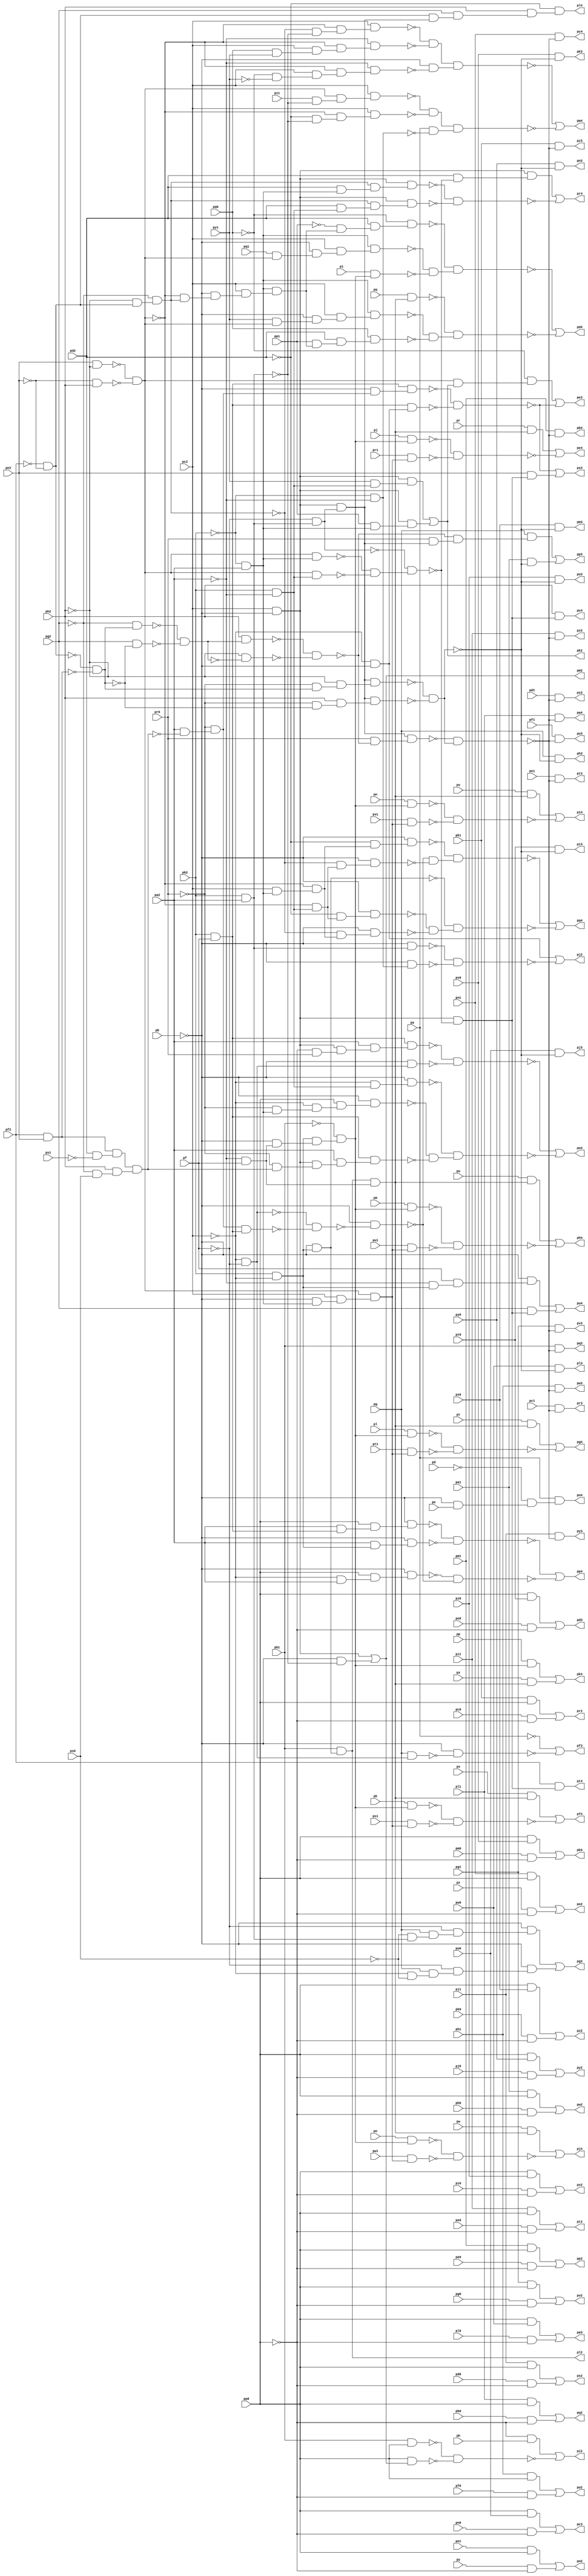
module top ( 
    pa1, pb2, pp, pa0, pc2, pq, pb0, pc1, pr, pa2, pb1, pc0, ps, pd0, pe1,
    pf2, pt, pd1, pe0, pg2, pu, pd2, pf0, pg1, pv, pe2, pf1, pg0, pw, ph0,
    pi1, px, ph1, pi0, py, ph2, pj0, pk1, pz, pj1, pk0, pl0, pm1, pl1, pm0,
    pn0, po1, pn1, po0, pp0, pq1, pa, pp1, pq0, pb, pr0, ps1, pr1, ps0, pd,
    pt0, pu1, pe, pt1, pu0, pf, pv0, pw1, pg, pv1, pw0, ph, px0, py1, pi,
    px1, py0, pj, pz0, pk, pz1, pl, pm, pn, po,
    pc3, pd4, pb3, pe4, pa3, pf4, pg4, pg3, pa4, pf3, pb4, pe3, pc4, pd3,
    pj2, pk3, pl4, pj3, pk2, pm4, pi3, pn4, ph3, pi2, po4, ph4, pn2, po3,
    pi4, pn3, po2, pj4, pl2, pm3, pk4, pl3, pm2, pr2, ps3, pt4, pr3, ps2,
    pu4, pp2, pq3, pv4, pp3, pq2, pp4, pv2, pw3, pq4, pv3, pw2, pr4, pt2,
    pu3, ps4, pt3, pu2, pz2, pz3, px2, py3, px3, py2  );
  input  pa1, pb2, pp, pa0, pc2, pq, pb0, pc1, pr, pa2, pb1, pc0, ps,
    pd0, pe1, pf2, pt, pd1, pe0, pg2, pu, pd2, pf0, pg1, pv, pe2, pf1, pg0,
    pw, ph0, pi1, px, ph1, pi0, py, ph2, pj0, pk1, pz, pj1, pk0, pl0, pm1,
    pl1, pm0, pn0, po1, pn1, po0, pp0, pq1, pa, pp1, pq0, pb, pr0, ps1,
    pr1, ps0, pd, pt0, pu1, pe, pt1, pu0, pf, pv0, pw1, pg, pv1, pw0, ph,
    px0, py1, pi, px1, py0, pj, pz0, pk, pz1, pl, pm, pn, po;
  output pc3, pd4, pb3, pe4, pa3, pf4, pg4, pg3, pa4, pf3, pb4, pe3, pc4, pd3,
    pj2, pk3, pl4, pj3, pk2, pm4, pi3, pn4, ph3, pi2, po4, ph4, pn2, po3,
    pi4, pn3, po2, pj4, pl2, pm3, pk4, pl3, pm2, pr2, ps3, pt4, pr3, ps2,
    pu4, pp2, pq3, pv4, pp3, pq2, pp4, pv2, pw3, pq4, pv3, pw2, pr4, pt2,
    pu3, ps4, pt3, pu2, pz2, pz3, px2, py3, px3, py2;
  wire new_n152_, new_n153_, new_n155_, new_n156_, new_n157_, new_n158_,
    new_n159_, new_n160_, new_n161_, new_n162_, new_n163_, new_n164_,
    new_n165_, new_n166_, new_n167_, new_n168_, new_n169_, new_n170_,
    new_n171_, new_n172_, new_n173_, new_n174_, new_n176_, new_n177_,
    new_n178_, new_n179_, new_n180_, new_n181_, new_n182_, new_n183_,
    new_n184_, new_n185_, new_n186_, new_n187_, new_n188_, new_n189_,
    new_n190_, new_n191_, new_n192_, new_n193_, new_n195_, new_n196_,
    new_n198_, new_n199_, new_n200_, new_n201_, new_n202_, new_n203_,
    new_n204_, new_n206_, new_n207_, new_n209_, new_n210_, new_n211_,
    new_n212_, new_n214_, new_n215_, new_n216_, new_n217_, new_n219_,
    new_n220_, new_n221_, new_n222_, new_n223_, new_n224_, new_n225_,
    new_n226_, new_n227_, new_n229_, new_n230_, new_n231_, new_n232_,
    new_n233_, new_n234_, new_n235_, new_n236_, new_n237_, new_n238_,
    new_n239_, new_n240_, new_n241_, new_n242_, new_n243_, new_n244_,
    new_n245_, new_n246_, new_n247_, new_n248_, new_n249_, new_n251_,
    new_n252_, new_n253_, new_n256_, new_n257_, new_n258_, new_n259_,
    new_n260_, new_n262_, new_n263_, new_n264_, new_n265_, new_n266_,
    new_n267_, new_n268_, new_n269_, new_n270_, new_n271_, new_n272_,
    new_n273_, new_n274_, new_n275_, new_n276_, new_n279_, new_n280_,
    new_n282_, new_n283_, new_n284_, new_n285_, new_n288_, new_n289_,
    new_n290_, new_n293_, new_n294_, new_n295_, new_n296_, new_n297_,
    new_n298_, new_n299_, new_n300_, new_n301_, new_n302_, new_n303_,
    new_n304_, new_n305_, new_n306_, new_n307_, new_n308_, new_n309_,
    new_n310_, new_n311_, new_n312_, new_n313_, new_n314_, new_n315_,
    new_n318_, new_n319_, new_n322_, new_n323_, new_n325_, new_n326_,
    new_n327_, new_n329_, new_n330_, new_n331_, new_n332_, new_n333_,
    new_n334_, new_n335_, new_n336_, new_n337_, new_n338_, new_n339_,
    new_n340_, new_n341_, new_n342_, new_n343_, new_n344_, new_n345_,
    new_n346_, new_n348_, new_n349_, new_n350_, new_n351_, new_n353_,
    new_n354_, new_n357_, new_n358_, new_n359_, new_n360_, new_n363_,
    new_n364_, new_n366_, new_n367_, new_n368_, new_n369_, new_n372_,
    new_n373_, new_n376_, new_n377_, new_n380_, new_n381_, new_n382_,
    new_n383_, new_n384_, new_n387_, new_n388_, new_n390_, new_n391_,
    new_n392_, new_n393_, new_n395_, new_n396_, new_n400_, new_n401_,
    new_n402_, new_n403_, new_n405_, new_n406_, new_n408_, new_n409_,
    new_n410_, new_n411_, new_n412_, new_n413_, new_n414_, new_n415_,
    new_n416_, new_n417_, new_n418_, new_n419_, new_n420_, new_n422_,
    new_n423_, new_n426_, new_n427_, new_n428_, new_n429_, new_n430_,
    new_n431_, new_n432_, new_n433_, new_n434_, new_n435_, new_n436_,
    new_n437_, new_n438_, new_n439_, new_n440_, new_n443_, new_n444_,
    new_n446_, new_n447_, new_n448_, new_n449_, new_n450_, new_n451_,
    new_n452_, new_n453_, new_n454_, new_n456_, new_n457_, new_n460_,
    new_n463_, new_n464_, new_n466_, new_n467_, new_n470_, new_n471_,
    new_n475_, new_n476_;
  assign new_n152_ = pp0 & pu0;
  assign new_n153_ = pn0 & ~pp0;
  assign pc3 = new_n152_ | new_n153_;
  assign new_n155_ = pe2 & ~ph2;
  assign new_n156_ = ~pe2 & ph2;
  assign new_n157_ = ~new_n155_ & ~new_n156_;
  assign new_n158_ = ~pb2 & pa2;
  assign new_n159_ = py1 & new_n157_;
  assign new_n160_ = ~pb & new_n159_;
  assign new_n161_ = pc2 & new_n160_;
  assign new_n162_ = new_n158_ & new_n161_;
  assign new_n163_ = ~pf2 & ~pe2;
  assign new_n164_ = ~ph2 & new_n163_;
  assign new_n165_ = ~pg2 & new_n164_;
  assign new_n166_ = ~new_n157_ & new_n165_;
  assign new_n167_ = ~pb & new_n166_;
  assign new_n168_ = pc2 & new_n167_;
  assign new_n169_ = new_n158_ & new_n168_;
  assign new_n170_ = pp1 & new_n169_;
  assign new_n171_ = pd2 & new_n170_;
  assign new_n172_ = pq0 & new_n171_;
  assign new_n173_ = pb2 & ~pc2;
  assign new_n174_ = ~pb & new_n173_;
  assign pl2 = pb1 & new_n174_;
  assign new_n176_ = ~pa2 & pf;
  assign new_n177_ = pl2 & new_n176_;
  assign new_n178_ = pq & new_n177_;
  assign new_n179_ = pq1 & new_n157_;
  assign new_n180_ = ~pb & new_n179_;
  assign new_n181_ = pc2 & new_n180_;
  assign new_n182_ = new_n158_ & new_n181_;
  assign new_n183_ = ~pb & new_n176_;
  assign new_n184_ = new_n173_ & new_n183_;
  assign new_n185_ = ~pb1 & new_n184_;
  assign new_n186_ = pi & new_n185_;
  assign new_n187_ = ~pp1 & new_n169_;
  assign new_n188_ = pd2 & new_n187_;
  assign new_n189_ = ~pq0 & new_n188_;
  assign new_n190_ = ~new_n182_ & ~new_n186_;
  assign new_n191_ = ~new_n189_ & new_n190_;
  assign new_n192_ = ~new_n162_ & ~new_n172_;
  assign new_n193_ = ~new_n178_ & new_n192_;
  assign pd4 = ~new_n191_ | ~new_n193_;
  assign new_n195_ = pp0 & pv0;
  assign new_n196_ = pm0 & ~pp0;
  assign pb3 = new_n195_ | new_n196_;
  assign new_n198_ = pj & new_n185_;
  assign new_n199_ = ~pb & new_n158_;
  assign new_n200_ = pc2 & new_n199_;
  assign new_n201_ = new_n157_ & new_n200_;
  assign new_n202_ = pr1 & new_n201_;
  assign new_n203_ = pr & new_n177_;
  assign new_n204_ = ~new_n198_ & ~new_n202_;
  assign pe4 = new_n203_ | ~new_n204_;
  assign new_n206_ = pp0 & pw0;
  assign new_n207_ = pl0 & ~pp0;
  assign pa3 = new_n206_ | new_n207_;
  assign new_n209_ = pk & new_n185_;
  assign new_n210_ = ps1 & new_n201_;
  assign new_n211_ = ps & new_n177_;
  assign new_n212_ = ~new_n209_ & ~new_n210_;
  assign pf4 = new_n211_ | ~new_n212_;
  assign new_n214_ = pl & new_n185_;
  assign new_n215_ = pt1 & new_n201_;
  assign new_n216_ = pt & new_n177_;
  assign new_n217_ = ~new_n214_ & ~new_n215_;
  assign pg4 = new_n216_ | ~new_n217_;
  assign new_n219_ = pb2 & pa2;
  assign new_n220_ = ~ps0 & new_n219_;
  assign new_n221_ = pg & new_n220_;
  assign new_n222_ = ~pf & new_n221_;
  assign new_n223_ = ~pb & new_n222_;
  assign new_n224_ = ~pc2 & ~ps0;
  assign new_n225_ = pg & new_n224_;
  assign new_n226_ = ~pf & new_n225_;
  assign new_n227_ = ~pb & new_n226_;
  assign pg3 = new_n223_ | new_n227_;
  assign new_n229_ = pf2 & pe2;
  assign new_n230_ = ~new_n163_ & ~new_n229_;
  assign new_n231_ = ~pg2 & new_n230_;
  assign new_n232_ = pg2 & ~new_n230_;
  assign new_n233_ = ~new_n231_ & ~new_n232_;
  assign new_n234_ = ph2 & new_n233_;
  assign new_n235_ = ~ph2 & ~new_n233_;
  assign new_n236_ = ~new_n234_ & ~new_n235_;
  assign new_n237_ = pc2 & ~pb;
  assign new_n238_ = ~pf & new_n219_;
  assign new_n239_ = new_n237_ & new_n238_;
  assign new_n240_ = pr0 & ~new_n236_;
  assign new_n241_ = new_n239_ & new_n240_;
  assign new_n242_ = ~pr0 & new_n230_;
  assign new_n243_ = ~ph2 & new_n242_;
  assign new_n244_ = new_n239_ & new_n243_;
  assign new_n245_ = ~pr0 & ~new_n230_;
  assign new_n246_ = ph2 & new_n245_;
  assign new_n247_ = new_n239_ & new_n246_;
  assign new_n248_ = ~new_n244_ & ~new_n247_;
  assign new_n249_ = ~new_n241_ & new_n248_;
  assign pa4 = pl1 & ~new_n249_;
  assign new_n251_ = ~pc2 & ~pf;
  assign new_n252_ = pg & new_n251_;
  assign new_n253_ = ~pb & ~new_n252_;
  assign pf3 = ~pa | ~new_n253_;
  assign pb4 = pm1 & ~new_n249_;
  assign new_n256_ = pb2 & ~pa2;
  assign new_n257_ = py1 & new_n256_;
  assign new_n258_ = new_n237_ & new_n257_;
  assign new_n259_ = pp1 & new_n158_;
  assign new_n260_ = new_n237_ & new_n259_;
  assign pk2 = new_n258_ | new_n260_;
  assign new_n262_ = new_n157_ & pk2;
  assign new_n263_ = ~pq0 & new_n262_;
  assign new_n264_ = pd2 & ~px1;
  assign new_n265_ = new_n229_ & new_n264_;
  assign new_n266_ = ~pg2 & ps0;
  assign new_n267_ = ph2 & new_n266_;
  assign new_n268_ = new_n265_ & new_n267_;
  assign new_n269_ = pa2 & ~new_n268_;
  assign new_n270_ = ~pr0 & new_n269_;
  assign new_n271_ = pb2 & pf;
  assign new_n272_ = ~pb & new_n270_;
  assign new_n273_ = new_n271_ & new_n272_;
  assign new_n274_ = ~pc2 & ~pb;
  assign new_n275_ = new_n271_ & new_n274_;
  assign new_n276_ = ~new_n273_ & ~new_n275_;
  assign pe3 = new_n263_ | ~new_n276_;
  assign pc4 = pn1 & ~new_n249_;
  assign new_n279_ = pp0 & pt0;
  assign new_n280_ = po0 & ~pp0;
  assign pd3 = new_n279_ | new_n280_;
  assign new_n282_ = ~pb & new_n219_;
  assign new_n283_ = ~pb2 & ~pa2;
  assign new_n284_ = ~pb & new_n283_;
  assign new_n285_ = ~new_n282_ & ~new_n284_;
  assign pj2 = new_n274_ | ~new_n285_;
  assign pk3 = pv0 & ~new_n248_;
  assign new_n288_ = new_n163_ & new_n239_;
  assign new_n289_ = pg2 & new_n288_;
  assign new_n290_ = ph2 & new_n289_;
  assign pl4 = ~pd2 & new_n290_;
  assign pj3 = pu0 & ~new_n248_;
  assign new_n293_ = pz1 & ~new_n219_;
  assign new_n294_ = new_n157_ & new_n293_;
  assign new_n295_ = pc2 & new_n294_;
  assign new_n296_ = ~pd2 & ~new_n219_;
  assign new_n297_ = ~new_n157_ & new_n296_;
  assign new_n298_ = pc2 & new_n297_;
  assign new_n299_ = ~pq0 & ~py1;
  assign new_n300_ = pc2 & new_n299_;
  assign new_n301_ = ~new_n157_ & new_n300_;
  assign new_n302_ = ~pa2 & new_n301_;
  assign new_n303_ = ~new_n165_ & ~new_n219_;
  assign new_n304_ = ~new_n157_ & new_n303_;
  assign new_n305_ = pc2 & new_n304_;
  assign new_n306_ = pq0 & py1;
  assign new_n307_ = pc2 & new_n306_;
  assign new_n308_ = ~new_n157_ & new_n307_;
  assign new_n309_ = ~pa2 & new_n308_;
  assign new_n310_ = ~new_n305_ & ~new_n309_;
  assign new_n311_ = ~pb & ~new_n302_;
  assign new_n312_ = new_n310_ & new_n311_;
  assign new_n313_ = ~new_n295_ & ~new_n298_;
  assign new_n314_ = pa & ~new_n283_;
  assign new_n315_ = new_n313_ & new_n314_;
  assign pm4 = ~new_n312_ | ~new_n315_;
  assign pi3 = pt0 & ~new_n248_;
  assign new_n318_ = ~pb & pe;
  assign new_n319_ = ~pd & new_n318_;
  assign pn4 = pa & new_n319_;
  assign ph3 = pg & ~new_n248_;
  assign new_n322_ = pb1 & pp0;
  assign new_n323_ = ~pb & ~new_n219_;
  assign pm2 = new_n237_ | new_n323_;
  assign new_n325_ = pp0 & pm2;
  assign new_n326_ = ~pp0 & ph;
  assign new_n327_ = ~new_n322_ & ~new_n325_;
  assign pi2 = new_n326_ | ~new_n327_;
  assign new_n329_ = ~pr0 & new_n158_;
  assign new_n330_ = ~pc2 & new_n329_;
  assign new_n331_ = pp0 & new_n330_;
  assign new_n332_ = ~pb & new_n331_;
  assign new_n333_ = ~pr0 & new_n268_;
  assign new_n334_ = new_n237_ & new_n333_;
  assign new_n335_ = pa2 & new_n334_;
  assign new_n336_ = new_n271_ & new_n335_;
  assign new_n337_ = ~pc2 & new_n256_;
  assign new_n338_ = ~pb & new_n337_;
  assign new_n339_ = ~pp0 & pr0;
  assign new_n340_ = new_n237_ & new_n339_;
  assign new_n341_ = pa2 & new_n340_;
  assign new_n342_ = new_n271_ & new_n341_;
  assign new_n343_ = ~pb & new_n251_;
  assign new_n344_ = ~new_n342_ & ~new_n343_;
  assign new_n345_ = ~new_n332_ & ~new_n336_;
  assign new_n346_ = ~new_n338_ & new_n345_;
  assign po4 = ~new_n344_ | ~new_n346_;
  assign new_n348_ = pm & new_n185_;
  assign new_n349_ = pu1 & new_n201_;
  assign new_n350_ = pu & new_n177_;
  assign new_n351_ = ~new_n348_ & ~new_n349_;
  assign ph4 = new_n350_ | ~new_n351_;
  assign new_n353_ = po1 & pp0;
  assign new_n354_ = py & ~pp0;
  assign pn2 = new_n353_ | new_n354_;
  assign po3 = pz0 & ~new_n248_;
  assign new_n357_ = pn & new_n185_;
  assign new_n358_ = pv1 & new_n201_;
  assign new_n359_ = pv & new_n177_;
  assign new_n360_ = ~new_n357_ & ~new_n358_;
  assign pi4 = new_n359_ | ~new_n360_;
  assign pn3 = py0 & ~new_n248_;
  assign new_n363_ = pn1 & pp0;
  assign new_n364_ = pz & ~pp0;
  assign po2 = new_n363_ | new_n364_;
  assign new_n366_ = po & new_n185_;
  assign new_n367_ = pw1 & new_n201_;
  assign new_n368_ = pw & new_n177_;
  assign new_n369_ = ~new_n366_ & ~new_n367_;
  assign pj4 = new_n368_ | ~new_n369_;
  assign pm3 = px0 & ~new_n248_;
  assign new_n372_ = pp & new_n185_;
  assign new_n373_ = px & new_n177_;
  assign pk4 = new_n372_ | new_n373_;
  assign pl3 = pw0 & ~new_n248_;
  assign new_n376_ = pk1 & pp0;
  assign new_n377_ = pc0 & ~pp0;
  assign pr2 = new_n376_ | new_n377_;
  assign ps3 = pd1 & ~new_n249_;
  assign new_n380_ = new_n157_ & new_n158_;
  assign new_n381_ = new_n157_ & new_n256_;
  assign new_n382_ = ~new_n380_ & ~new_n381_;
  assign new_n383_ = ~new_n238_ & new_n382_;
  assign new_n384_ = new_n237_ & ~new_n383_;
  assign pt4 = pf2 & new_n384_;
  assign pr3 = pc1 & ~new_n249_;
  assign new_n387_ = pj1 & pp0;
  assign new_n388_ = pd0 & ~pp0;
  assign ps2 = new_n387_ | new_n388_;
  assign new_n390_ = ~pa2 & new_n173_;
  assign new_n391_ = pf & new_n390_;
  assign new_n392_ = ~pb & new_n391_;
  assign new_n393_ = pg2 & new_n384_;
  assign pu4 = new_n392_ | new_n393_;
  assign new_n395_ = pm1 & pp0;
  assign new_n396_ = pa0 & ~pp0;
  assign pp2 = new_n395_ | new_n396_;
  assign pq3 = pb1 & ~new_n249_;
  assign pv4 = ph2 & new_n384_;
  assign new_n400_ = pr0 & new_n239_;
  assign new_n401_ = ~new_n236_ & new_n400_;
  assign new_n402_ = pg & new_n401_;
  assign new_n403_ = pa1 & ~new_n248_;
  assign pp3 = new_n402_ | new_n403_;
  assign new_n405_ = pl1 & pp0;
  assign new_n406_ = pb0 & ~pp0;
  assign pq2 = new_n405_ | new_n406_;
  assign new_n408_ = pa2 & new_n271_;
  assign new_n409_ = pp0 & new_n408_;
  assign new_n410_ = ~pb & new_n409_;
  assign new_n411_ = pa2 & new_n173_;
  assign new_n412_ = ~pb & new_n411_;
  assign new_n413_ = ~pc2 & pa2;
  assign new_n414_ = pp0 & new_n413_;
  assign new_n415_ = ~pb & new_n414_;
  assign new_n416_ = new_n270_ & new_n271_;
  assign new_n417_ = ~new_n251_ & ~new_n416_;
  assign new_n418_ = ~pb & ~new_n417_;
  assign new_n419_ = ~new_n410_ & ~new_n412_;
  assign new_n420_ = ~new_n415_ & ~new_n418_;
  assign pp4 = ~new_n419_ | ~new_n420_;
  assign new_n422_ = pg1 & pp0;
  assign new_n423_ = pg0 & ~pp0;
  assign pv2 = new_n422_ | new_n423_;
  assign pw3 = ph1 & ~new_n249_;
  assign new_n426_ = ~new_n157_ & new_n256_;
  assign new_n427_ = ~pd2 & new_n426_;
  assign new_n428_ = ~pb & new_n427_;
  assign new_n429_ = pc2 & new_n158_;
  assign new_n430_ = ~new_n157_ & new_n429_;
  assign new_n431_ = ~new_n165_ & new_n430_;
  assign new_n432_ = ~pb & new_n431_;
  assign new_n433_ = ~new_n165_ & new_n426_;
  assign new_n434_ = ~pb & new_n433_;
  assign new_n435_ = ~pd2 & new_n430_;
  assign new_n436_ = ~pb & new_n435_;
  assign new_n437_ = ~new_n418_ & ~new_n434_;
  assign new_n438_ = ~new_n436_ & new_n437_;
  assign new_n439_ = ~new_n428_ & ~new_n432_;
  assign new_n440_ = ~new_n174_ & new_n439_;
  assign pq4 = ~new_n438_ | ~new_n440_;
  assign pv3 = pg1 & ~new_n249_;
  assign new_n443_ = pa1 & pp0;
  assign new_n444_ = ph0 & ~pp0;
  assign pw2 = new_n443_ | new_n444_;
  assign new_n446_ = pd2 & new_n158_;
  assign new_n447_ = new_n165_ & new_n446_;
  assign new_n448_ = new_n237_ & new_n447_;
  assign new_n449_ = pd2 & new_n256_;
  assign new_n450_ = new_n165_ & new_n449_;
  assign new_n451_ = new_n237_ & new_n450_;
  assign new_n452_ = pd2 & ~new_n383_;
  assign new_n453_ = new_n237_ & new_n452_;
  assign new_n454_ = ~new_n448_ & ~new_n451_;
  assign pr4 = new_n453_ | ~new_n454_;
  assign new_n456_ = pi1 & pp0;
  assign new_n457_ = pe0 & ~pp0;
  assign pt2 = new_n456_ | new_n457_;
  assign pu3 = pf1 & ~new_n249_;
  assign new_n460_ = pe2 & new_n384_;
  assign ps4 = ~new_n276_ | new_n460_;
  assign pt3 = pe1 & ~new_n249_;
  assign new_n463_ = ph1 & pp0;
  assign new_n464_ = pf0 & ~pp0;
  assign pu2 = new_n463_ | new_n464_;
  assign new_n466_ = pp0 & px0;
  assign new_n467_ = pk0 & ~pp0;
  assign pz2 = new_n466_ | new_n467_;
  assign pz3 = pk1 & ~new_n249_;
  assign new_n470_ = pp0 & pz0;
  assign new_n471_ = pi0 & ~pp0;
  assign px2 = new_n470_ | new_n471_;
  assign py3 = pj1 & ~new_n249_;
  assign px3 = pi1 & ~new_n249_;
  assign new_n475_ = pp0 & py0;
  assign new_n476_ = pj0 & ~pp0;
  assign py2 = new_n475_ | new_n476_;
endmodule